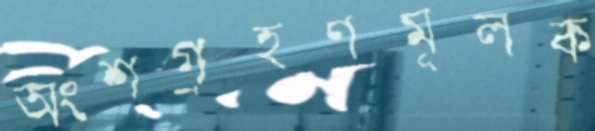
অংশগ্রহণমূলক